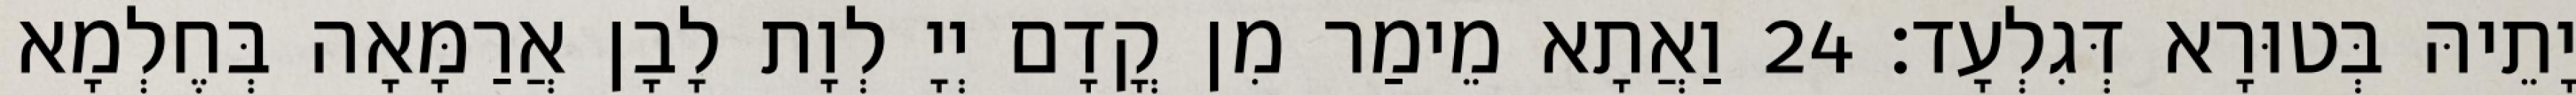
יָתֵיהּ בְּטוּרָא דְּגִלְעָד׃ 24 וַאֲתָא מֵימַר מִן קֳדָם יְיָ לְוָת לָבָן אֲרַמָּאָה בְּחֶלְמָא